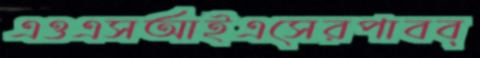
এওএসআইএসেরপাবব্